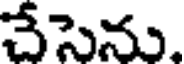
చేసెను.